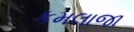
કમલાજા